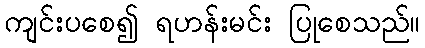
ကျင်းပစေ၍ ရဟန်းမင်း ပြုစေသည်။